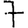
Digit: 7